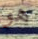
هو